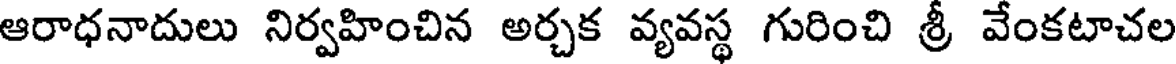
ఆరాధనాదులు నిర్వహించిన అర్చక వ్యవస్థ గురించి శ్రీ వేంకటాచల